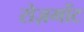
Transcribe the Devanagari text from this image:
रोज़मोंट